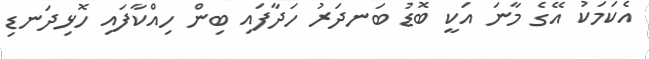
އެކަމަކު އޭގެ މާނަ އަކީ ބޮޑު ބަނދަރު ހަދާފައި ބިން ހިއްކާފައި ހޮޅިދަނޑި